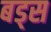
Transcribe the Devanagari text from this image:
बड्स